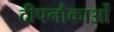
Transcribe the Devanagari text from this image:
दीपनौकाओं